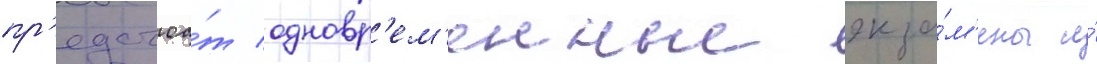
пр'едстоа́т одновр'ем'енные экза́м'ены и́